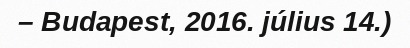
– Budapest, 2016. július 14.)